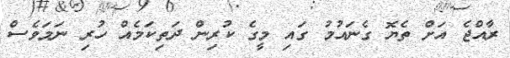
ރާއްޖެ އަށް ތެޔޮ ގެނައުމު ގައި މީގެ ކުރިން ދަތިކަމެއް ހުރި ނަމަވެސް